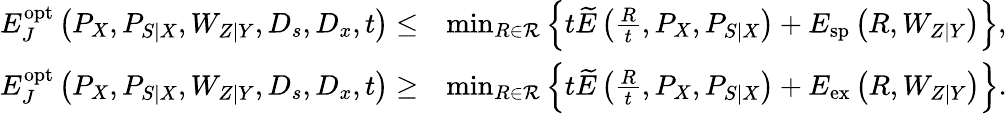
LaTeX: \begin{array}{rl}{E_{J}^{\mathrm{opt}}\left(P_{X},P_{S|X},W_{Z|Y},D_{s},D_{x},t\right)\leq}&{\operatorname*{min}_{R\in\mathcal{R}}\left\{ t\widetilde{E}\left(\frac{R}{t},P_{X},P_{S|X}\right)+E_{\mathrm{sp}}\left(R,W_{Z|Y}\right)\right\} ,}\\ {E_{J}^{\mathrm{opt}}\left(P_{X},P_{S|X},W_{Z|Y},D_{s},D_{x},t\right)\geq}&{\operatorname*{min}_{R\in\mathcal{R}}\left\{ t\widetilde{E}\left(\frac{R}{t},P_{X},P_{S|X}\right)+E_{\mathrm{ex}}\left(R,W_{Z|Y}\right)\right\} .}\end{array}